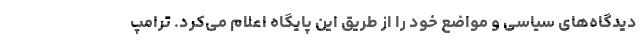
دیدگاه‌های سیاسی و مواضع خود را از طریق این پایگاه اعلام می‌کرد. ترامپ